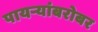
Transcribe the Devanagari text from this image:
पायऱ्यांबरोबर